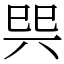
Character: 巺